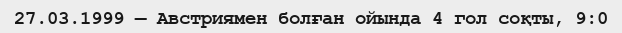
27.03.1999 — Австриямен болған ойында 4 гол соқты, 9:0